Ridala_vallavalitsus, lk 20
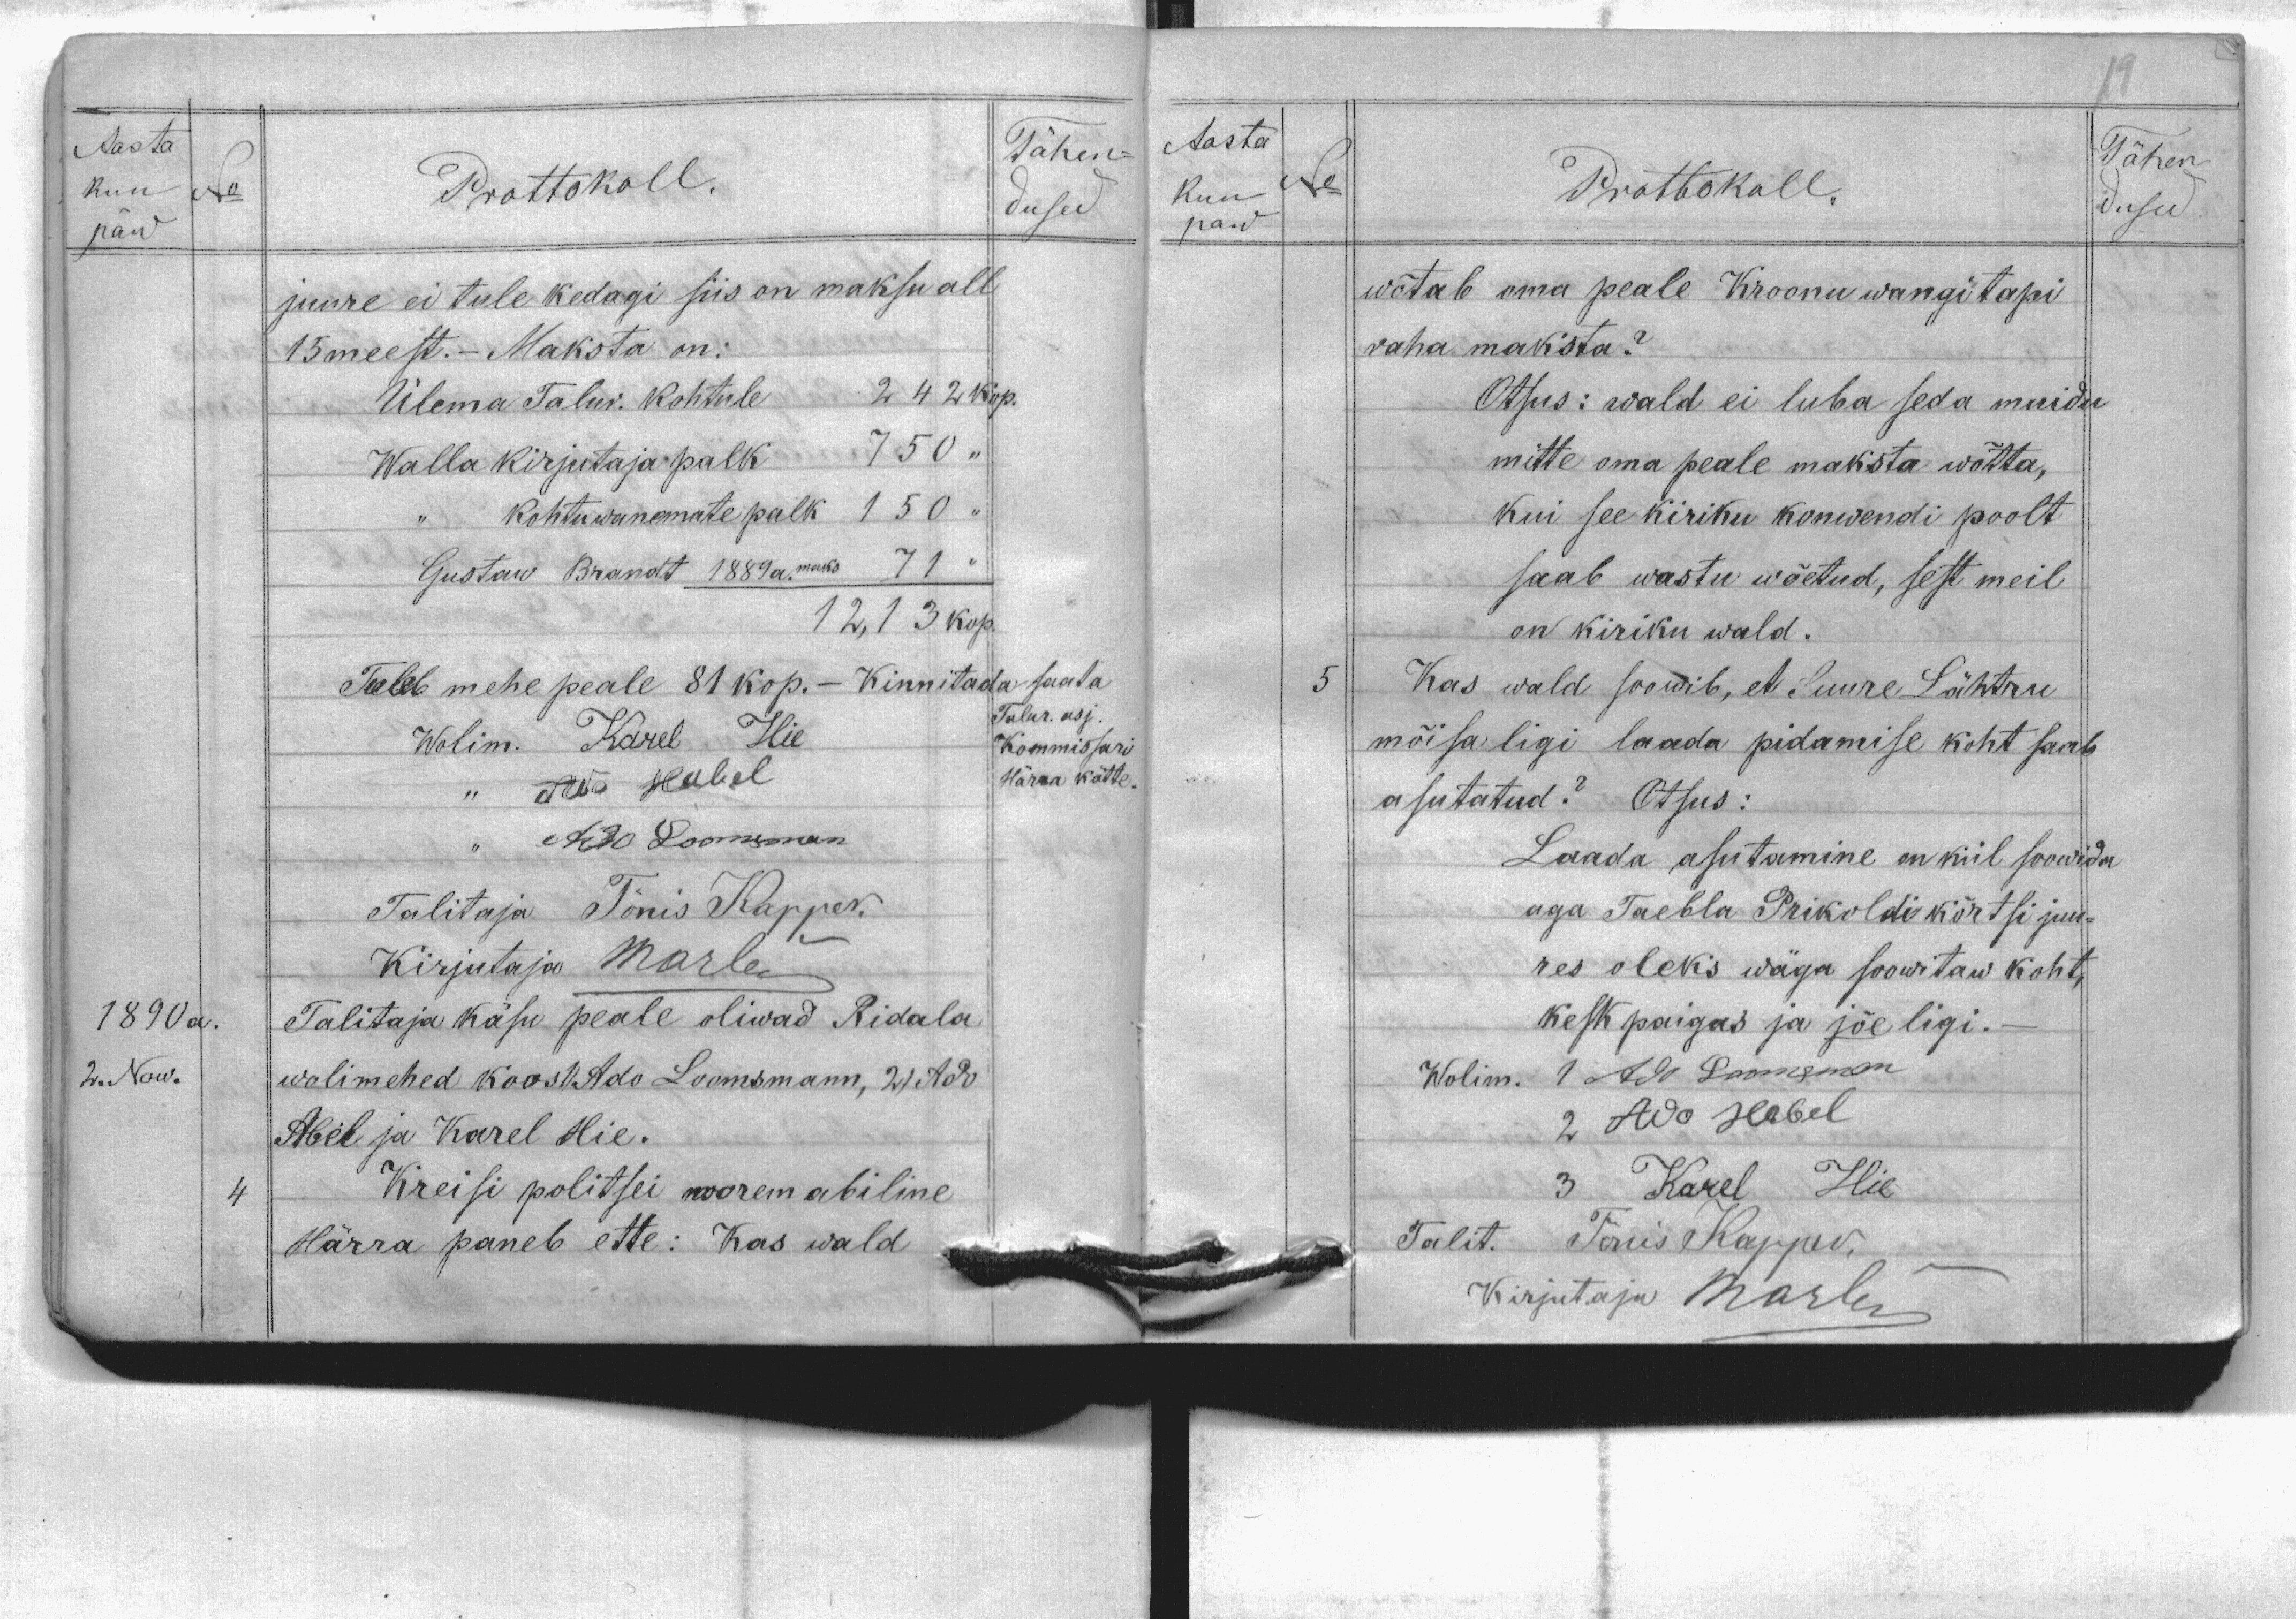
Aasta
kuu
No
päew
1890a.
2. Now.
Tähen-
Prottokoll.
dused
juure ei tule kedagi siis on maksu all
15 meest. - Maksta on:
Ülema Talur. kohtule 2 42 kop.
Walla kirjutaja palk 7 50 "
kohtuwanemate palk 1 50 "
Gustaw Brandt 1889 a. maks 71 "
12,13 kop.
Tuleb mehe peale 81 kop. . Kinnitada saata
Talur. asj.
Wolim. Karel HIe
Kommissari
Härra kätte.
" Ado Habel
" Ado Loomsman
Talitaja Tõnis Kapper.
Kirjutaja Marlen
Talitaja Käsu peale oliwad Ridala
wolimehed koos 1) Ado Loomsmann, 2) Ado
Abel ja Karel Hie.
4 Kreisi politsei noorem abiline
Härra paneb ette; Kas wald

Aasta
kuu
No
paw
Tähen
Prottokoll
dused
wõtab oma peale Kroonu wangitapi
raha maksta?
Otsus: wald ei luba seda muidu
mitte oma peale maksta wõtta,
kui see kiriku konwendi poolt
saab wastu wõetud, sest meil
on kiriku wald.
5 Kas wald soowib, et SUure Lähtru
mõisa ligi laada pidamise koht saab
asutatud? Otsus:
Laada asutamine on kül soowida
aga Taebla Prikoldi kõrtsi juu-
res oleks wäga soowitaw koht,
keskpaigas ja jõe ligi.
Wolim. 1 Ado Loomsman
2 Ado Habel
3 Karel Hie
Talit. Tõnis Kapper.
Kirjutana Marlen